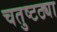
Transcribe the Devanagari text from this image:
चतुष्टठ्या